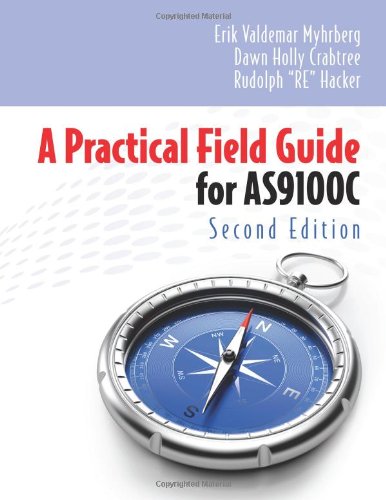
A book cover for A Practical Field Guide for AS9100C; Erik Valdemar Myhrberg; Business & Money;